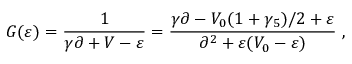
G ( \varepsilon ) = \frac { 1 } { \gamma \partial + V - \varepsilon } = \frac { \gamma \partial - V _ { 0 } ( 1 + \gamma _ { 5 } ) / 2 + \varepsilon } { \partial ^ { 2 } + \varepsilon ( V _ { 0 } - \varepsilon ) } ~ ,